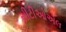
સીટીઓએલ